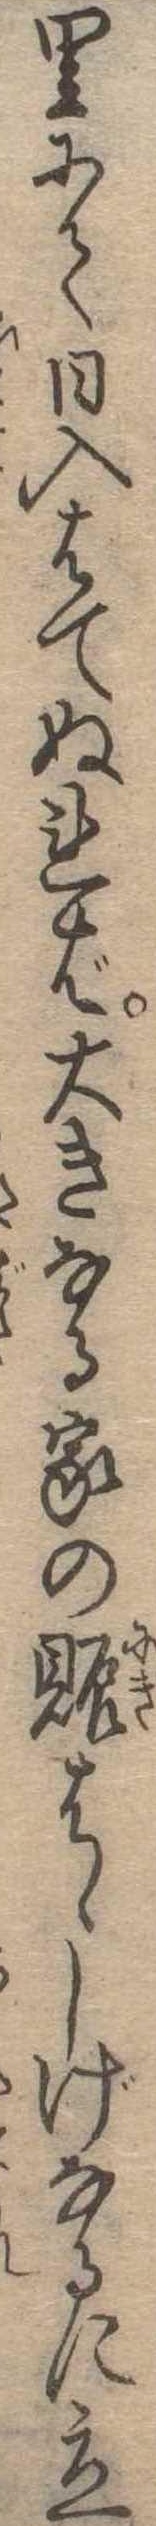
里にて日入はてぬれば大きなる家の賑はゝしげなるに立